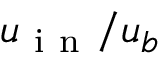
\boldsymbol { u } _ { \mathrm { ~ i ~ n ~ } } / u _ { b }